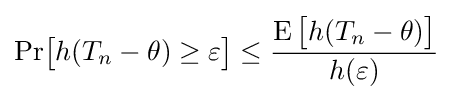
\Pr \!{\big [}h(T_{n}-\theta )\geq \varepsilon {\big ]}\leq {\frac {\operatorname {E} {\big [}h(T_{n}-\theta ){\big ]}}{h(\varepsilon )}}